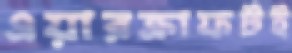
এয়ারক্রাফটই